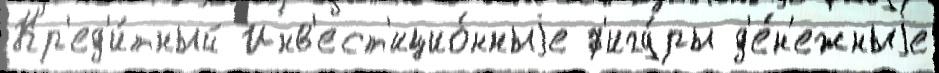
Кр'ед'и́тный Инв'ест'ицио́нныjе ф'игу́ры д'е́н'ежныjе